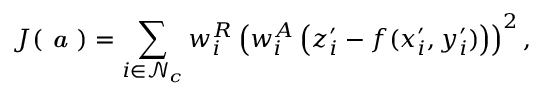
J ( \textbf { \em a } ) = \sum _ { i \in \mathcal { N } _ { c } } w _ { i } ^ { R } \left( w _ { i } ^ { A } \left( z _ { i } ^ { \prime } - f ( x _ { i } ^ { \prime } , y _ { i } ^ { \prime } ) \right) \right) ^ { 2 } ,